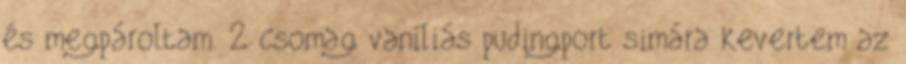
és megpároltam. 2 csomag vaníliás pudingport simára kevertem az